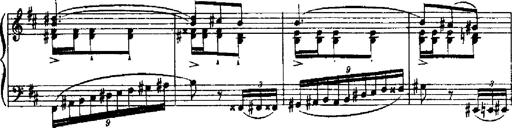
Title: RÃ©miniscences de Robert le diable
Composer: Franz Liszt